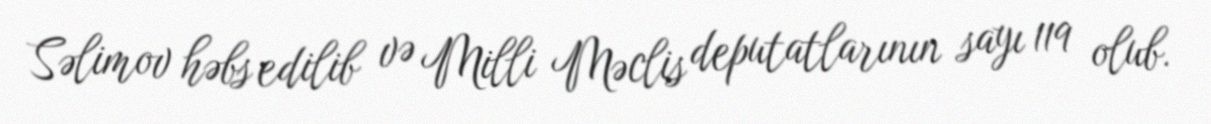
Səlimov həbs edilib və Milli Məclis deputatlarının sayı 119 olub.